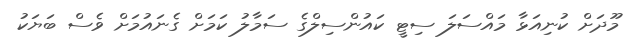
މޫދަށް ކުނިއަޅާ މައްސަލަ ސިޓީ ކައުންސިލްގެ ސަމާލު ކަމަށް ގެނައުމަށް ވެސް ބަޔަކު